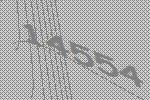
14554